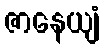
ဇာနေယျံ